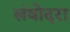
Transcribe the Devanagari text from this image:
लंबोदरा